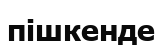
пішкенде